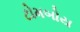
ટોમબોય